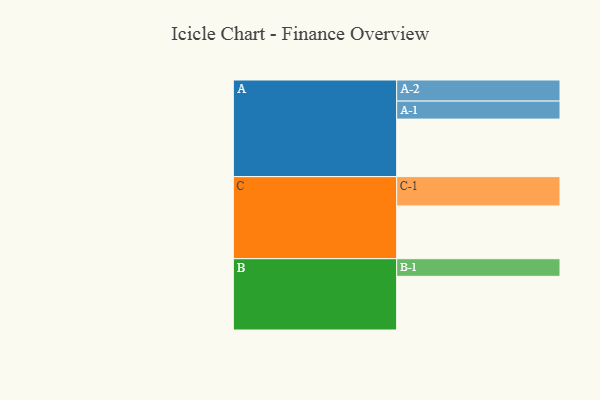
{"axis": {"x": "Segment", "y": "Value"}, "legend": ["", "A", "B", "C"], "data": [{"x": "A", "y": 581, "type": ""}, {"x": "B", "y": 542, "type": ""}, {"x": "C", "y": 533, "type": ""}, {"x": "A-1", "y": 182, "type": "A"}, {"x": "A-2", "y": 213, "type": "A"}, {"x": "B-1", "y": 178, "type": "B"}, {"x": "C-1", "y": 296, "type": "C"}]}